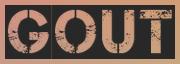
GOUT